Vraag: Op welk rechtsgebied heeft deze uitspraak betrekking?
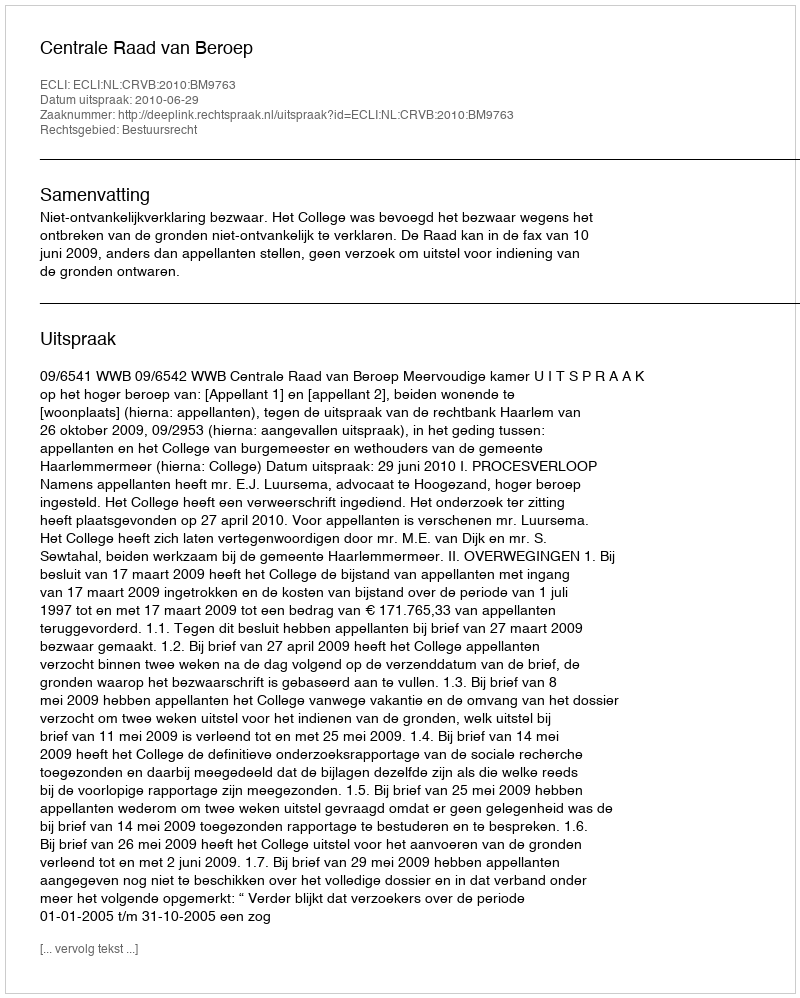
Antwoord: Bestuursrecht